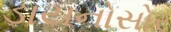
ડાયનોસોર